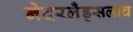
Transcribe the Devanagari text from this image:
नेदरलँड्सलाच